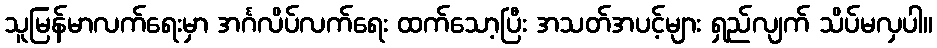
သူမြန်မာလက်ရေးမှာ အင်္ဂလိပ်လက်ရေး ထက်သော့ပြီး အသတ်အပင့်များ ရှည်လျက် သိပ်မလှပါ။